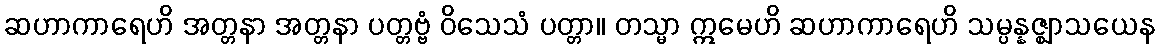
ဆဟာကာရေဟိ အတ္တနာ အတ္တနာ ပတ္တဗ္ဗံ ဝိသေသံ ပတ္တာ။ တသ္မာ ဣမေဟိ ဆဟာကာရေဟိ သမ္ပန္နဇ္ဈာသယေန